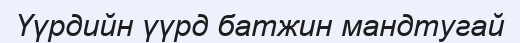
Үүрдийн үүрд батжин мандтугай